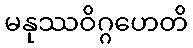
မနုဿဝိဂ္ဂဟေတိ